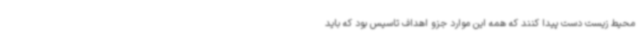
محیط زیست دست پیدا کنند که همه این موارد جزو اهداف تاسیس بود که باید